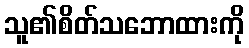
သူ၏စိတ်သဘောထားကို